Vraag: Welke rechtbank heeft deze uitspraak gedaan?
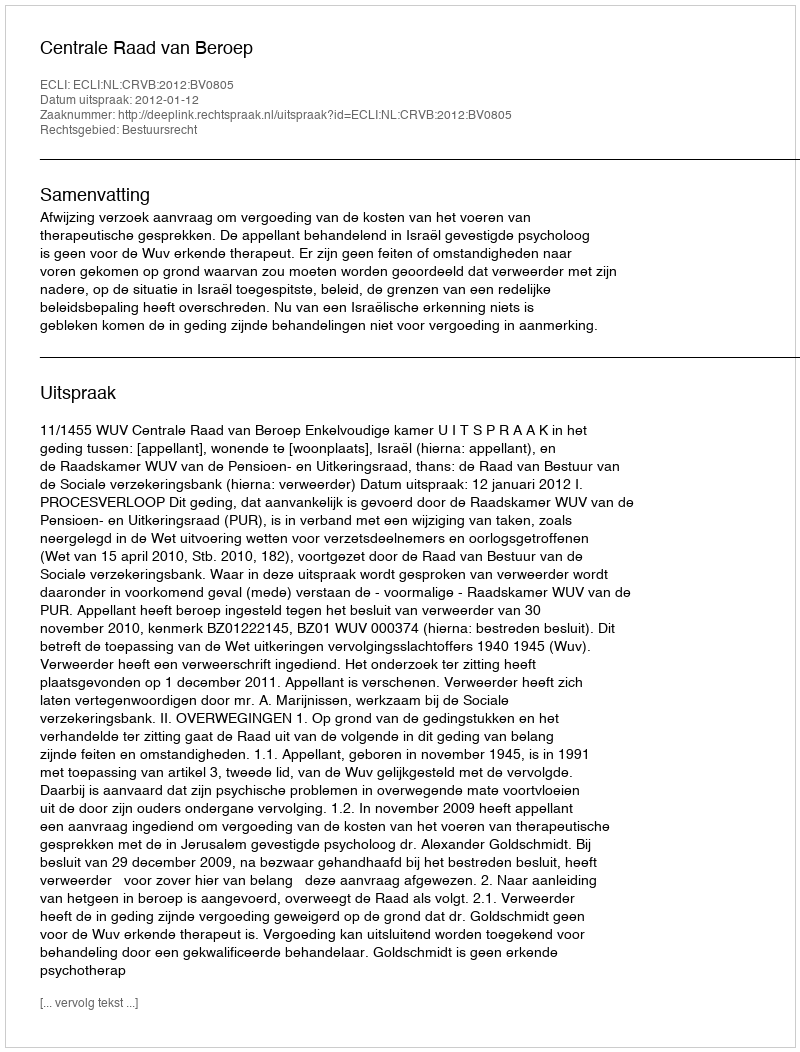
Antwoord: Centrale Raad van Beroep